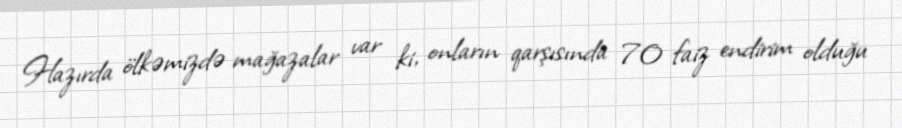
Hazırda ölkəmizdə mağazalar var ki, onların qarşısında 70 faiz endirim olduğu